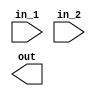
module mul(
input   wire    [31:0]  in_1,
input   wire    [31:0]  in_2,
output  reg     [63:0]  out
);

endmodule